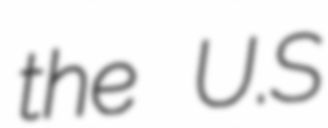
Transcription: the U.S